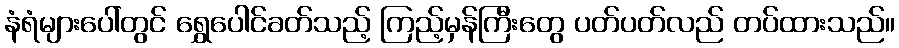
နံရံများပေါ်တွင် ရွှေပေါင်ခတ်သည့် ကြည့်မှန်ကြီးတွေ ပတ်ပတ်လည် တပ်ထားသည်။